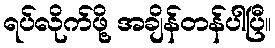
ရပ်လိုက်ဖို့ အချိန်တန်ပါပြီ။